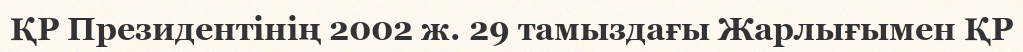
ҚР Президентінің 2002 ж. 29 тамыздағы Жарлығымен ҚР